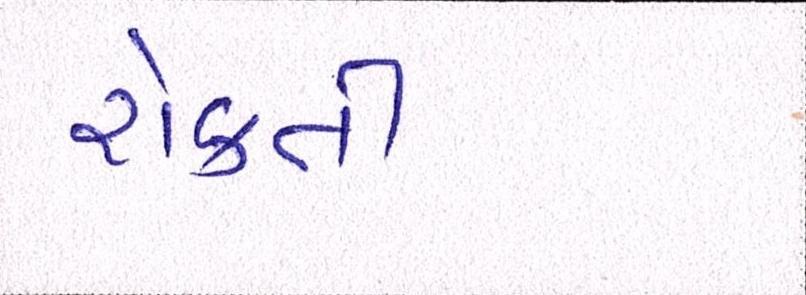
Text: રોકતી